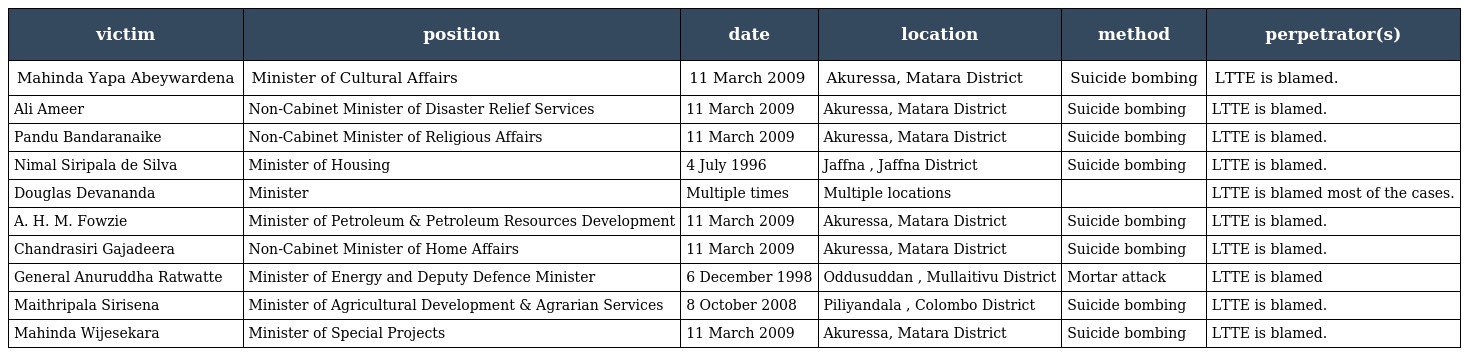
| victim | position | date | location | method | perpetrator(s) |
 | --- | --- | --- | --- | --- | --- |
 | Mahinda Yapa Abeywardena | Minister of Cultural Affairs | 11 March 2009 | Akuressa, Matara District | Suicide bombing | LTTE is blamed. |
 | Ali Ameer | Non-Cabinet Minister of Disaster Relief Services | 11 March 2009 | Akuressa, Matara District | Suicide bombing | LTTE is blamed. |
 | Pandu Bandaranaike | Non-Cabinet Minister of Religious Affairs | 11 March 2009 | Akuressa, Matara District | Suicide bombing | LTTE is blamed. |
 | Nimal Siripala de Silva | Minister of Housing | 4 July 1996 | Jaffna , Jaffna District | Suicide bombing | LTTE is blamed. |
 | Douglas Devananda | Minister | Multiple times | Multiple locations |  | LTTE is blamed most of the cases. |
 | A. H. M. Fowzie | Minister of Petroleum & Petroleum Resources Development | 11 March 2009 | Akuressa, Matara District | Suicide bombing | LTTE is blamed. |
 | Chandrasiri Gajadeera | Non-Cabinet Minister of Home Affairs | 11 March 2009 | Akuressa, Matara District | Suicide bombing | LTTE is blamed. |
 | General Anuruddha Ratwatte | Minister of Energy and Deputy Defence Minister | 6 December 1998 | Oddusuddan , Mullaitivu District | Mortar attack | LTTE is blamed |
 | Maithripala Sirisena | Minister of Agricultural Development & Agrarian Services | 8 October 2008 | Piliyandala , Colombo District | Suicide bombing | LTTE is blamed. |
 | Mahinda Wijesekara | Minister of Special Projects | 11 March 2009 | Akuressa, Matara District | Suicide bombing | LTTE is blamed. |